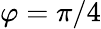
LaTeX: \varphi=\pi/4